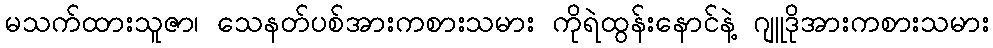
မသက်ထားသူဇာ၊ သေနတ်ပစ်အားကစားသမား ကိုရဲထွန်းနောင်နဲ့ ဂျူဒိုအားကစားသမား